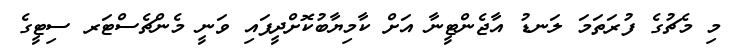
މި މެޗުގެ ފުރަތަމަ ލަނޑު އާޖެންޓީނާ އަށް ކާމިޔާބުކޮށްދީފައި ވަނީ މެންޗެސްޓަރ ސިޓީގެ